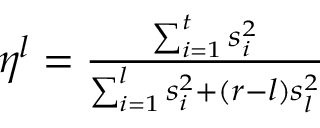
\begin{array} { r } { \eta ^ { l } = \frac { \sum _ { i = 1 } ^ { t } s _ { i } ^ { 2 } } { \sum _ { i = 1 } ^ { l } s _ { i } ^ { 2 } + ( r - l ) s _ { l } ^ { 2 } } } \end{array}